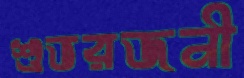
শুভরজনী